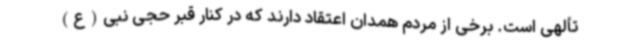
تألهی است. برخی از مردم همدان اعتقاد دارند که در کنار قبر حجی نبی(ع)